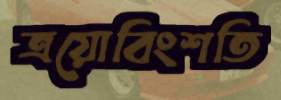
ত্রয়োবিংশতি